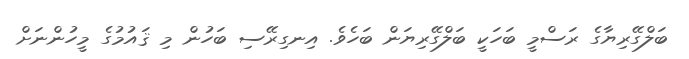
ބަލްގޭރިޔާގެ ރަސްމީ ބަހަކީ ބަލްގޭރިޔަން ބަހެވެ. އިނގިރޭސި ބަހުން މި ޤައުމުގެ މީހުންނަށް